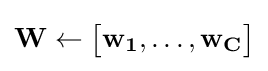
\mathbf {W} \leftarrow {\begin{bmatrix}\mathbf {w_{1}} ,\dots ,\mathbf {w_{C}} \end{bmatrix}}